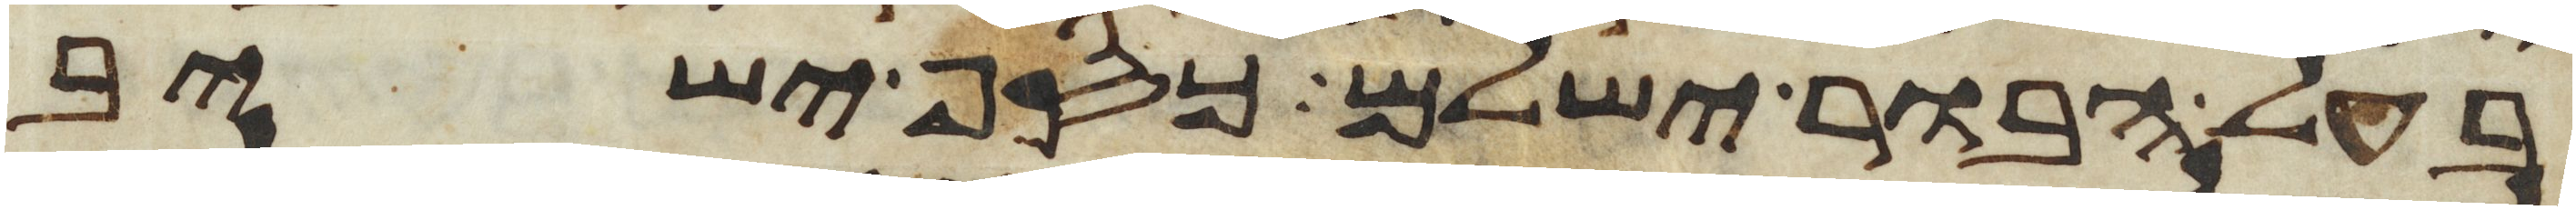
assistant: בעל הבור ישלם כסף ישיב